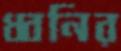
ধ্বনির